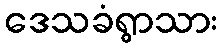
ဒေသခံရွာသား